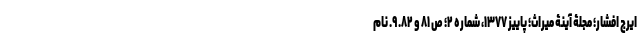
ایرج افشار؛ مجلۀ آینۀ میراث؛ پاییز ۱۳۷۷، شماره ۲؛ ص ۸۱ و ۸۲. ۹. نام